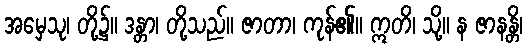
အမှေသု၊ တို့၌။ ဒန္တာ၊ တို့သည်။ ဇာတာ၊ ကုန်၏။ ဣတိ၊ သို့။ န ဇာနန္တိ၊